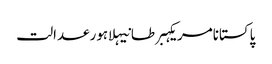
پاکستانامریکہبرطانیہلاہورعدالت